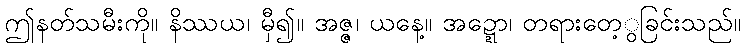
ဤနတ်သမီးကို။ နိဿယ၊ မှီ၍။ အဇ္ဇ၊ ယနေ့။ အဍ္ဍော၊ တရားတေ့ွခြင်းသည်။